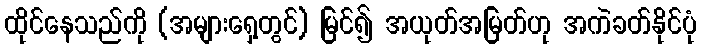
ထိုင်နေသည်ကို (အများရှေ့တွင်) မြင်၍ အယုတ်အမြတ်ဟု အကဲခတ်နိုင်ပုံ